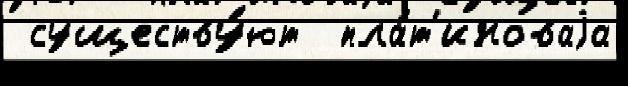
 существу́ют  пла́т'иноваjа